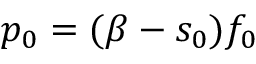
p _ { 0 } = ( \beta - s _ { 0 } ) f _ { 0 }